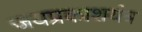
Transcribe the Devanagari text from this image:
जयप्रकाशयंत्र